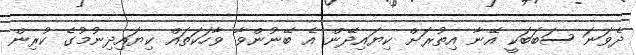
ދެވަނަ ސަބަބަކީ އޭނާ އިތުރަށް ކިޔައިދޭން އެ ބޭނުންވާ ވާހަކަތައް ކިޔައިދިނުމުގެ ކުރިން